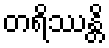
တရိဿန္တိ